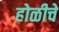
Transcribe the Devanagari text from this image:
होळीचे